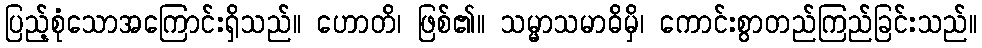
ပြည့်စုံသောအကြောင်းရှိသည်။ ဟောတိ၊ ဖြစ်၏။ သမ္မာသမာဓိမှိ၊ ကောင်းစွာတည်ကြည်ခြင်းသည်။